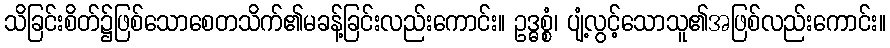
သိခြင်းစိတ်၌ဖြစ်သောစေတသိက်၏မခန့်ခြင်းလည်းကောင်း။ ဥဒ္ဓစ္စံ၊ ပျံ့လွင့်သောသူ၏အဖြစ်လည်းကောင်း။